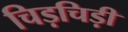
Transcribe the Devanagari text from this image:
चिड़चिड़ी